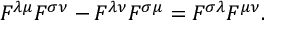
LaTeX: F ^ { \lambda \mu } F ^ { \sigma \nu } - F ^ { \lambda \nu } F ^ { \sigma \mu } = F ^ { \sigma \lambda } F ^ { \mu \nu } .